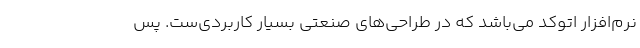
نرم‌افزار اتوکد می‌باشد که در طراحی‌های صنعتی بسیار کاربردی‌ست. پس